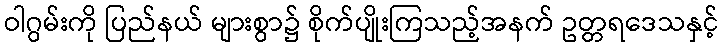
ဝါဂွမ်းကို ပြည်နယ် များစွာ၌ စိုက်ပျိုးကြသည့်အနက် ဥတ္တရဒေသနှင့်